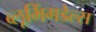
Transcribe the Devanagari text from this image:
ब्लूमिंगडेल्स